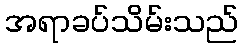
အရာခပ်သိမ်းသည်